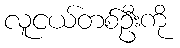
လူငယ်တစ်ဦးကို